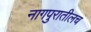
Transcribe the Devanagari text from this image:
नागपुरातीलच